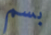
بسم